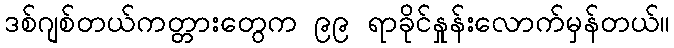
ဒစ်ဂျစ်တယ်ကတ္တားတွေက ၉၉ ရာခိုင်နှုန်းလောက်မှန်တယ်။